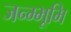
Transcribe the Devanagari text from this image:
जन्म्भूमि